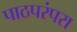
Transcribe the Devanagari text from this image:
पाठपरंपरा